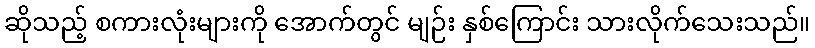
ဆိုသည့် စကားလုံးများကို အောက်တွင် မျဉ်း နှစ်ကြောင်း သားလိုက်သေးသည်။